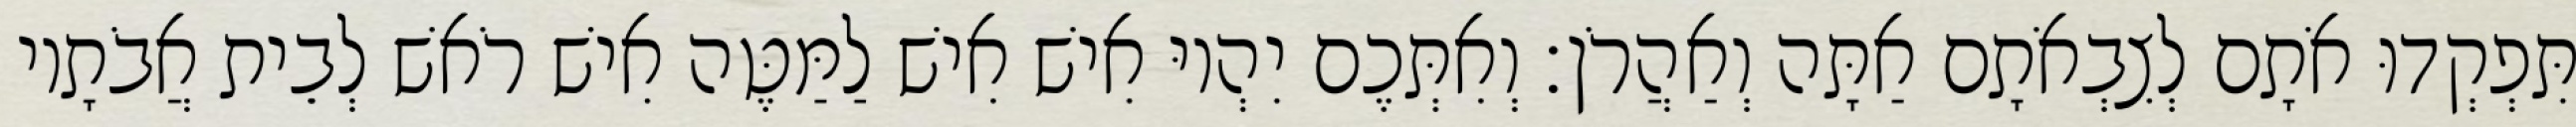
תִּפְקְדוּ אֹתָם לְצִבְאֹתָם אַתָּה וְאַהֲרֹן׃ וְאִתְּכֶם יִהְיוּ אִישׁ אִישׁ לַמַּטֶּה אִישׁ רֹאשׁ לְבֵית אֲבֹתָיו